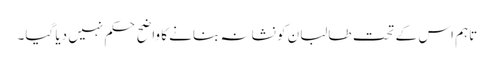
تاہم اس کے تحت طالبان کو نشانہ بنانے کا واضح حکم نہیں دیا گیا۔